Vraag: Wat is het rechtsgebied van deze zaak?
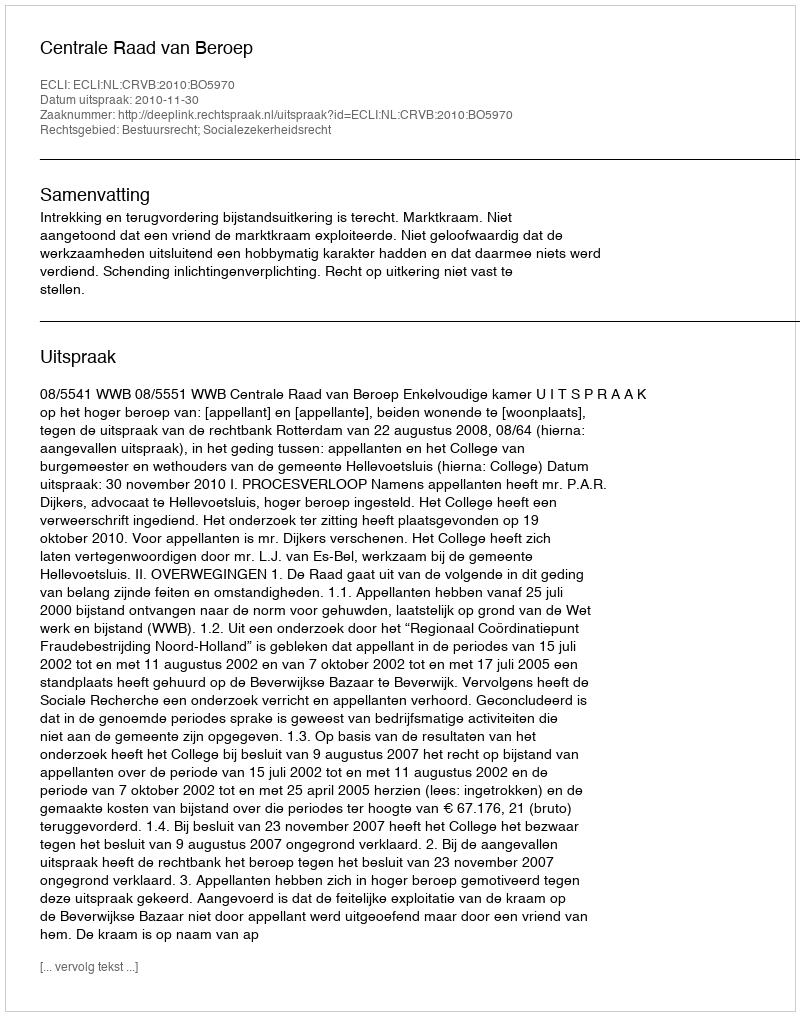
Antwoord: Bestuursrecht; Socialezekerheidsrecht